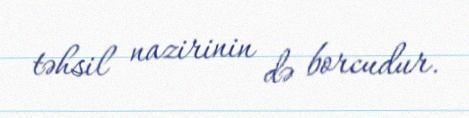
təhsil nazirinin də borcudur.